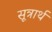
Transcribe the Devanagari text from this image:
सूत्रार्थ